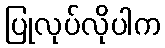
ပြုလုပ်လိုပါက